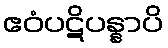
ဧဝံပဋိပန္နာပိ